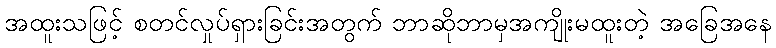
အထူးသဖြင့် စတင်လှုပ်ရှားခြင်းအတွက် ဘာဆိုဘာမှအကျိုးမထူးတဲ့ အခြေအနေ